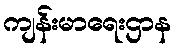
ကျန်းမာရေးဌာန